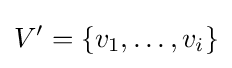
V'=\{v_{1},\ldots ,v_{i}\}